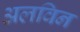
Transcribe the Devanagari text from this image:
अलविन